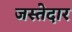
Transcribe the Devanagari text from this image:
जस्तेदार